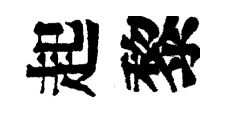
起黎